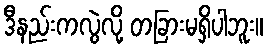
ဒီနည်းကလွဲလို့ တခြားမရှိပါဘူး။